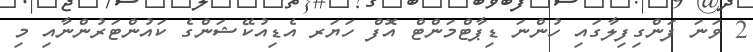
2 ވަނަ ފަންގިފިލާގައި ހުންނަ ޑިޕާޓްމަންޓް އޮފް ހަޔަރ އެޑިއުކޭޝަންގެ ކައުންޓަރުންނާއި މި